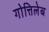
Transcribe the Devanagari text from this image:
गोत्तिलेब